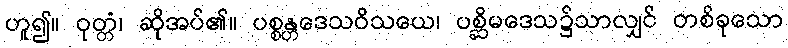
ဟူ၍။ ဝုတ္တံ၊ ဆိုအပ်၏။ ပစ္စန္တဒေသဝိသယေ၊ ပစ္ဆိမဒေသ၌သာလျှင် တစ်ခုသော